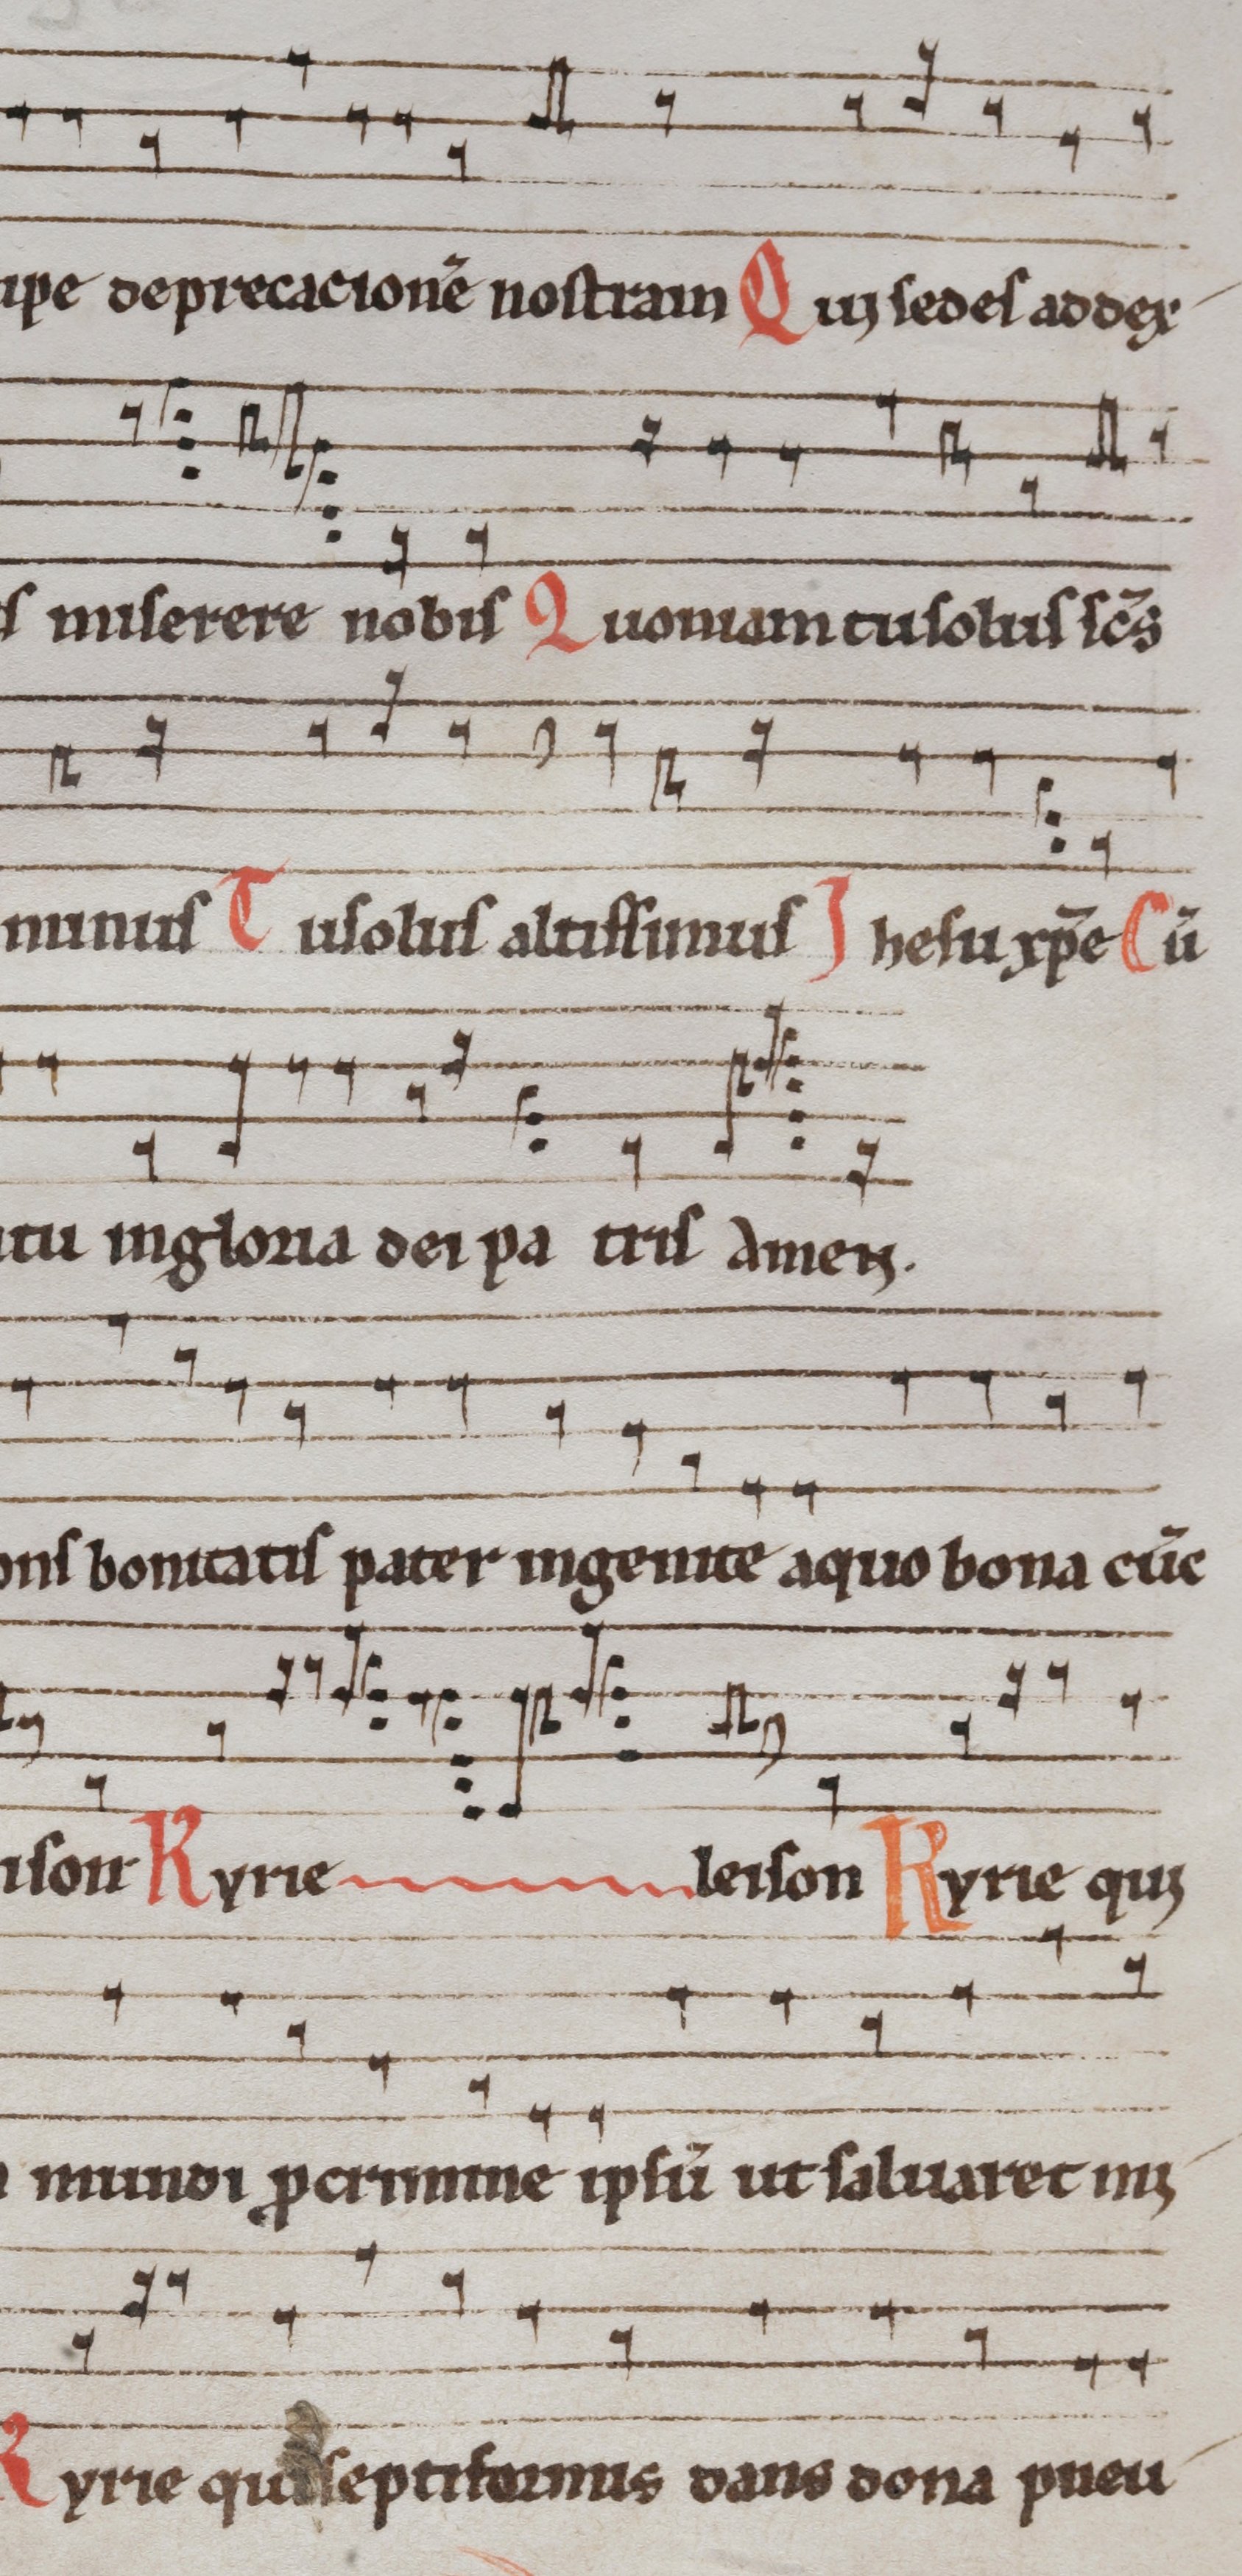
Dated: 1290–1309